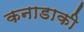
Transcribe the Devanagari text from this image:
कनाडाकी